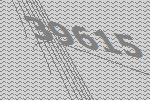
39615